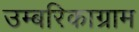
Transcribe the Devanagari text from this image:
उम्बरिकाग्राम